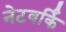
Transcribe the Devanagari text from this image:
नेटवर्किं